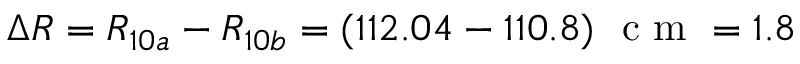
\Delta R = R _ { 1 0 a } - R _ { 1 0 b } = ( 1 1 2 . 0 4 - 1 1 0 . 8 ) ~ \textrm { c m } = 1 . 8